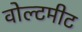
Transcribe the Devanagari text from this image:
वोल्टमीट